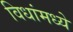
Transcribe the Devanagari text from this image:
विधांमध्ये